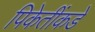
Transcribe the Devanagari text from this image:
पिकेतींकडे